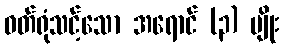
ဝတ်ရုံသင့်သော အရောင် (၃) မျိုး